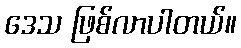
ဒေသ ဖြစ်လာပါတယ်။